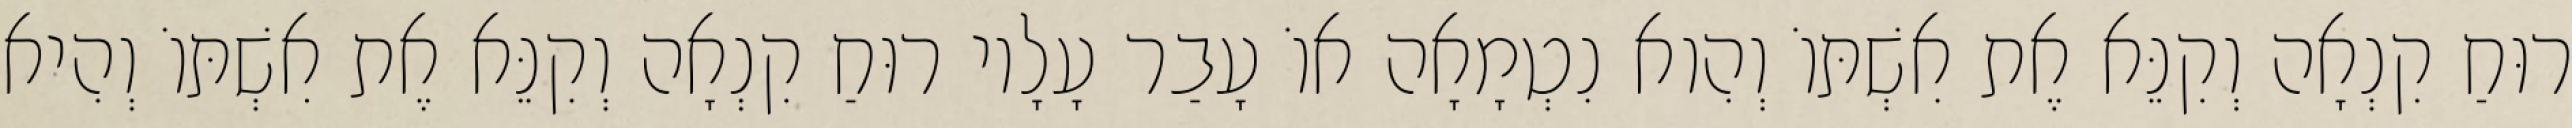
רוּחַ קִנְאָה וְקִנֵּא אֶת אִשְׁתּוֹ וְהִוא נִטְמָאָה אוֹ עָבַר עָלָיו רוּחַ קִנְאָה וְקִנֵּא אֶת אִשְׁתּוֹ וְהִיא